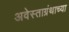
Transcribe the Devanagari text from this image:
अवेस्ताग्रंथाच्या